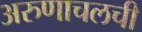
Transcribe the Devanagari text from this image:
अरुणाचलची